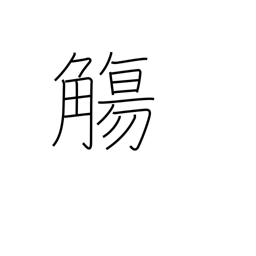
Meaning: cup